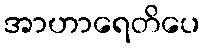
အာဟာရေတိပေ